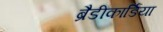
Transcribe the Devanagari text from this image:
ब्रैडीकार्डिया